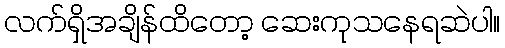
လက်ရှိအချိန်ထိတော့ ဆေးကုသနေရဆဲပါ။